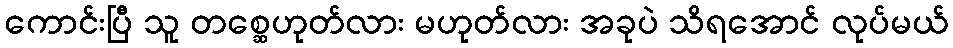
ကောင်းပြီ သူ တစ္ဆေဟုတ်လား မဟုတ်လား အခုပဲ သိရအောင် လုပ်မယ်